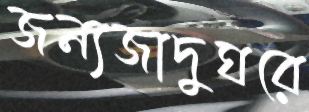
জন্যজাদুঘরে